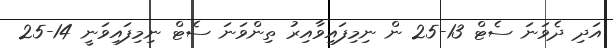
އަދި ދެވަނަ ސެޓް 13-25 ން ނިމިފައިވާއިރު ތިންވަނަ ސެޓް ނިމިފައިވަނީ 14-25